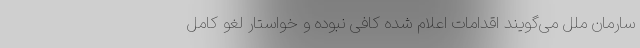
سارمان ملل می‌گویند اقدامات اعلام شده کافی نبوده و خواستار لغو کامل